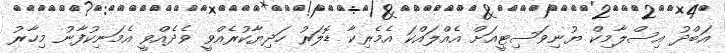
އަބްދު އިސްލާމިކް ޔުނިވަސިޓީއަށް އެއްލައްކަ އެމެރިކާ ޑޮލަރު ހަދިޔާކުރެއްވީ ވެދެއްވީ އެމަނިކުފާނު މިހާރު